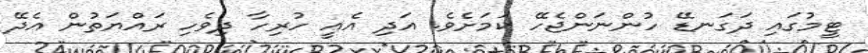
ޓީމުގައި ދަގަނޑޭ ހުންނަންޖެހޭ ކަމަށެވެ. އަދި އެއީ ހުރިހާ ދިވެހި ރައްޔަތުން އެދޭ